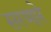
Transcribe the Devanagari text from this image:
सरणारे